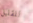
للقليل